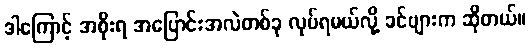
ဒါကြောင့် အစိုးရ အပြောင်းအလဲတစ်ခု လုပ်ရမယ်လို့ ခင်ဗျားက ဆိုတယ်။